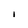
Character: i